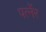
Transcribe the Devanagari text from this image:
पर्त्नेर